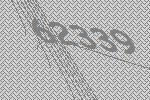
62339